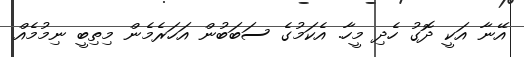
އޭނާ އަކީ ދޮގު ހެދި މީހާ. އެކަމުގެ ސަބަބުން އަހަރެމެން މިތިބީ ނިމުމެއް